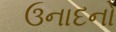
ઉનાદનો